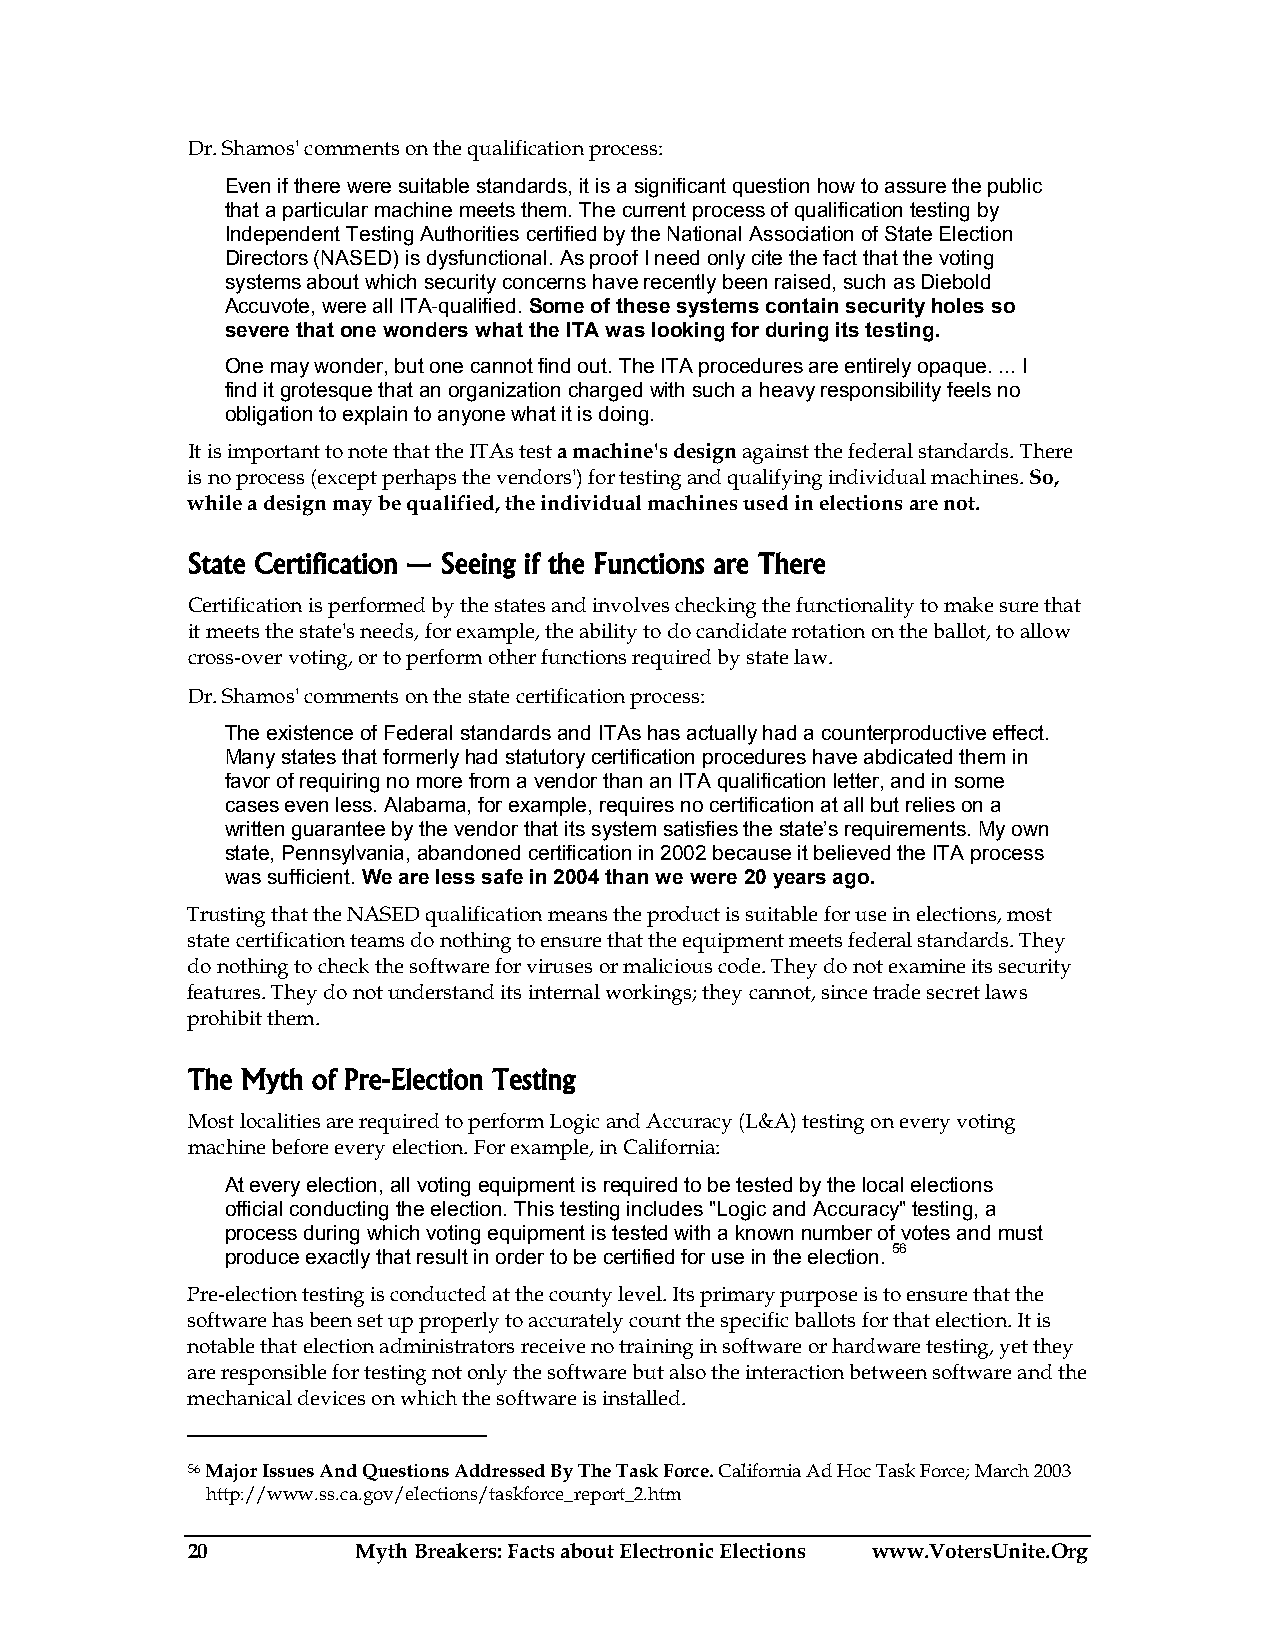
Dr. Shamos' comments on the qualification process:
 Even if there were suitable standards, it is a significant question how to assure the public
 that a particular machine meets them. The current process of qualification testing by
 Independent Testing Authorities certified by the National Association of State Election
 Directors (NASED) is dysfunctional. As proof I need only cite the fact that the voting
 systems about which security concerns have recently been raised, such as Diebold
 Accuvote, were all ITA-qualified. Some of these systems contain security holes so
 severe that one wonders what the ITA was looking for during its testing.
 One may wonder, but one cannot find out. The ITA procedures are entirely opaque. ... I
 find it grotesque that an organization charged with such a heavy responsibility feels no
 obligation to explain to anyone what it is doing.
 It is important to note that the ITAs test a machine's design against the federal standards. There
 is no process (except perhaps the vendors') for testing and qualifying individual machines. So,
 while a design may be qualified, the individual machines used in elections are not.
 State Certification — Seeing if the Functions are There
 Certification is performed by the states and involves checking the functionality to make sure that
 it meets the state's needs, for example, the ability to do candidate rotation on the ballot, to allow
 cross-over voting, or to perform other functions required by state law.
 Dr. Shamos' comments on the state certification process:
 The existence of Federal standards and ITAs has actually had a counterproductive effect.
 Many states that formerly had statutory certification procedures have abdicated them in
 favor of requiring no more from a vendor than an ITA qualification letter, and in some
 cases even less. Alabama, for example, requires no certification at all but relies on a
 written guarantee by the vendor that its system satisfies the state’s requirements. My own
 state, Pennsylvania, abandoned certification in 2002 because it believed the ITA process
 was sufficient. We are less safe in 2004 than we were 20 years ago.
 Trusting that the NASED qualification means the product is suitable for use in elections, most
 state certification teams do nothing to ensure that the equipment meets federal standards. They
 do nothing to check the software for viruses or malicious code. They do not examine its security
 features. They do not understand its internal workings; they cannot, since trade secret laws
 prohibit them.
 The Myth of Pre-Election Testing
 Most localities are required to perform Logic and Accuracy (L&A) testing on every voting
 machine before every election. For example, in California:
 At every election, all voting equipment is required to be tested by the local elections
 official conducting the election. This testing includes "Logic and Accuracy" testing, a
 process during which voting equipment is tested with a known number of votes and must
 produce exactly that result in order to be certified for use in the election. 56
 Pre-election testing is conducted at the county level. Its primary purpose is to ensure that the
 software has been set up properly to accurately count the specific ballots for that election. It is
 notable that election administrators receive no training in software or hardware testing, yet they
 are responsible for testing not only the software but also the interaction between software and the
 mechanical devices on which the software is installed.
 56 Major Issues And Questions Addressed By The Task Force. California Ad Hoc Task Force; March 2003
 http://www.ss.ca.gov/elections/taskforce_report_2.htm
 20          Myth Breakers: Facts about Electronic Elections www.VotersUnite.Org